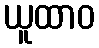
ယူထာဝ